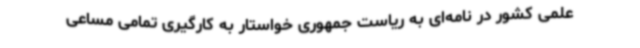
علمی کشور در نامه‌ای به ریاست جمهوری خواستار به کارگیری تمامی مساعی